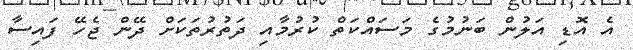
އެ އޮޑި އަލުން ބަނުމުގެ މަސައްކަތް ކުރުމާއި ދަތުރުތަކަށް ދޭން ޖެހޭ ފައިސާ